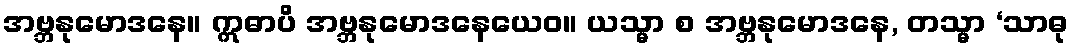
အဗ္ဘနုမောဒနေ။ ဣဓာပိ အဗ္ဘနုမောဒနေယေဝ။ ယသ္မာ စ အဗ္ဘနုမောဒနေ, တသ္မာ ‘သာဓု